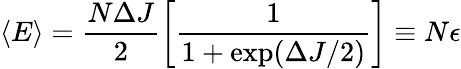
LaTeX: \langle E\rangle=\frac{N\Delta J}{2}\left[\frac{1}{1+\exp(\Delta J/2)}\right]\equiv N\epsilon